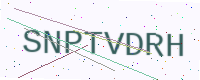
Text: SNPTVDRH